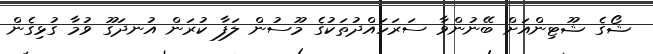
ޝޯގެ ޝޫޓިންއަށް ބޭނުންވާ ސަރަހައްދުތަކުގެ މޫސުން ލަފާ ކުރަން އުނދަގޫ ވުމާ ގުޅިގެން